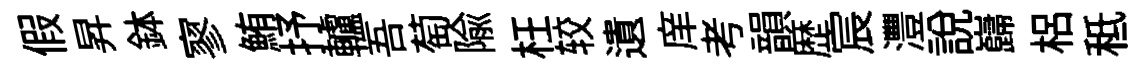
假昇鉢寥鮪抒轤吾萄隃枉较遺庠考韻歴宸灃説巋梠秪